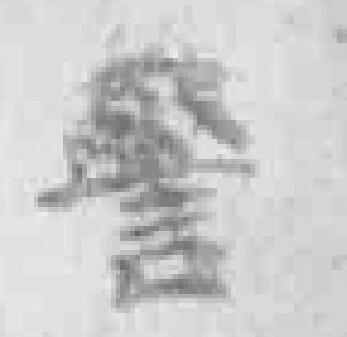
警